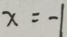
x = - 1